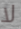
لا